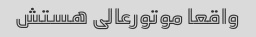
واقعا موتورعالی هستش